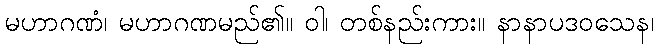
မဟာဂဏံ၊ မဟာဂဏမည်၏။ ဝါ၊ တစ်နည်းကား။ နာနာပဒဝသေန၊